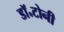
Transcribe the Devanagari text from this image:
डॉ॰टोनी